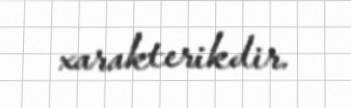
xarakterikdir.